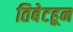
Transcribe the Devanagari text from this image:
तिबेटहून